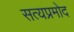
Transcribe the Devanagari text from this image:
सत्यप्रमोद